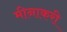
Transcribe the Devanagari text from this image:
मीनाकरी